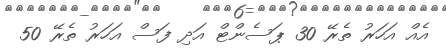
އެއް އަހަރު ތެރޭ 30 ޕަސެންޓް އަދި ފަސް އަހަރު ތެރޭ 50